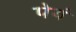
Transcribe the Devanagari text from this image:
पेयं